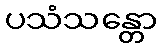
ပသံသန္တော